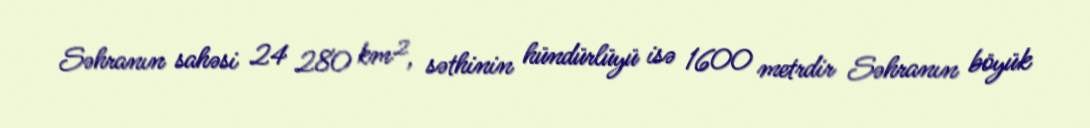
Səhranın sahəsi 24 280 km², səthinin hündürlüyü isə 1600 metrdir Səhranın böyük